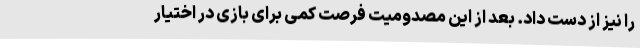
را نیز از دست داد. بعد از این مصدومیت فرصت کمی برای بازی در اختیار